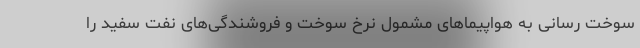
سوخت رسانی به هواپیماهای مشمول نرخ سوخت و فروشندگی‌های نفت سفید را